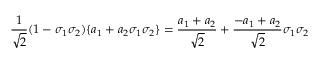
{ \frac { 1 } { \sqrt { 2 } } } ( 1 - \sigma _ { 1 } \sigma _ { 2 } ) \{ a _ { 1 } + a _ { 2 } \sigma _ { 1 } \sigma _ { 2 } \} = { \frac { a _ { 1 } + a _ { 2 } } { \sqrt { 2 } } } + { \frac { - a _ { 1 } + a _ { 2 } } { \sqrt { 2 } } } \sigma _ { 1 } \sigma _ { 2 }